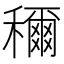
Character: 穪